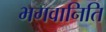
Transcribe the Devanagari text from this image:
भगवानिति